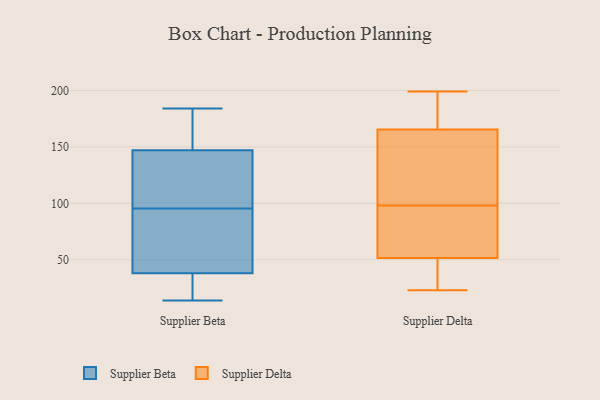
{"axis": {"x": "Headcount", "y": "Value"}, "legend": ["Supplier Beta", "Supplier Delta"], "data": [{"x": "", "y": 42, "type": "Supplier Beta"}, {"x": "", "y": 184, "type": "Supplier Beta"}, {"x": "", "y": 131, "type": "Supplier Beta"}, {"x": "", "y": 14, "type": "Supplier Beta"}, {"x": "", "y": 24, "type": "Supplier Beta"}, {"x": "", "y": 35, "type": "Supplier Beta"}, {"x": "", "y": 156, "type": "Supplier Beta"}, {"x": "", "y": 88, "type": "Supplier Beta"}, {"x": "", "y": 40, "type": "Supplier Beta"}, {"x": "", "y": 127, "type": "Supplier Beta"}, {"x": "", "y": 147, "type": "Supplier Beta"}, {"x": "", "y": 103, "type": "Supplier Beta"}, {"x": "", "y": 150, "type": "Supplier Beta"}, {"x": "", "y": 38, "type": "Supplier Beta"}, {"x": "", "y": 180, "type": "Supplier Delta"}, {"x": "", "y": 49, "type": "Supplier Delta"}, {"x": "", "y": 51, "type": "Supplier Delta"}, {"x": "", "y": 116, "type": "Supplier Delta"}, {"x": "", "y": 114, "type": "Supplier Delta"}, {"x": "", "y": 187, "type": "Supplier Delta"}, {"x": "", "y": 82, "type": "Supplier Delta"}, {"x": "", "y": 136, "type": "Supplier Delta"}, {"x": "", "y": 52, "type": "Supplier Delta"}, {"x": "", "y": 151, "type": "Supplier Delta"}, {"x": "", "y": 199, "type": "Supplier Delta"}, {"x": "", "y": 58, "type": "Supplier Delta"}, {"x": "", "y": 23, "type": "Supplier Delta"}, {"x": "", "y": 190, "type": "Supplier Delta"}, {"x": "", "y": 80, "type": "Supplier Delta"}, {"x": "", "y": 35, "type": "Supplier Delta"}]}